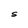
Character: S